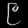
Digit: ၉